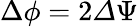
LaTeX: \Delta\phi=2{\mathit\Delta\Psi}